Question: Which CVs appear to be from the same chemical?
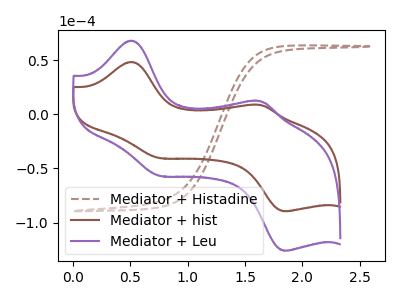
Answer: <think>The brown dashed curve "Mediator + Histadine" has no peaks. The brown curve "Mediator + hist" has anodic peaks at (0.50V, 48.40uA) (1.65V, 8.65uA) and cathodic peaks at (0.75V, -40.20uA) (1.85V, -89.55uA). The purple curve "Mediator + Leu" has anodic peaks at (0.50V, 68.15uA) (1.65V, 12.15uA) and cathodic peaks at (0.75V, -56.55uA) (1.85V, -126.05uA).
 "Mediator + Histadine" and "Mediator + hist" have a different number of peaks. "Mediator + Histadine" and "Mediator + Leu" have a different number of peaks. All the peaks in "Mediator + hist" have a peak in "Mediator + Leu" at the same potential. Every peak in "Mediator + hist" is lower than every peak in "Mediator + Leu".</think>
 <answer>"Mediator + hist" and "Mediator + Leu" have the same shape and are likely CV's of the same chemical.</answer>
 <eval>"Mediator + hist" "Mediator + Leu"</eval>